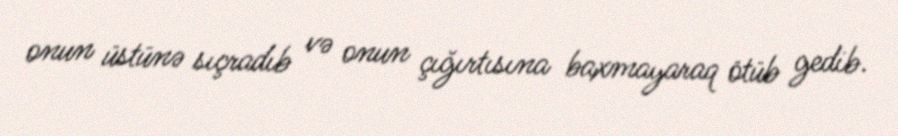
onun üstünə sıçradıb və onun çığırtısına baxmayaraq ötüb gedib.